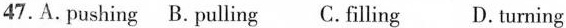
47.A.Pushing B. Pulling C. Filling D. Turning